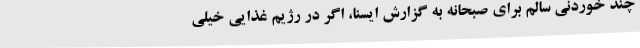
چند خوردنی سالم برای صبحانه به گزارش ایسنا، اگر در رژیم غذایی خیلی